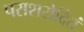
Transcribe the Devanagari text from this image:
पराशरोदितं